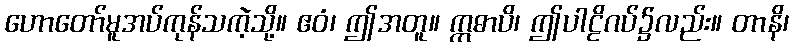
ဟောတော်မူအပ်ကုန်သကဲ့သို့။ ဧဝံ၊ ဤအတူ။ ဣဓာပိ၊ ဤပါဠိဂပ်၌လည်း။ တာနိ၊